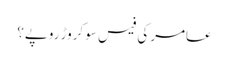
عامر کی فیس سو کروڑ روپے؟